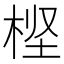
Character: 㭴